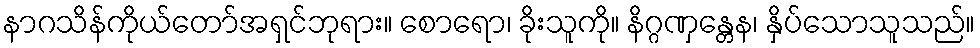
နာဂသိန်ကိုယ်တော်အရှင်ဘုရား။ စောရော၊ ခိုးသူကို။ နိဂ္ဂဏှန္တေန၊ နှိပ်သောသူသည်။